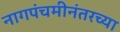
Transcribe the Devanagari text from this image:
नागपंचमीनंतरच्या